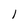
Character: 1